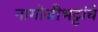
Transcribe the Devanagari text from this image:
नागोजीभट्टांचे